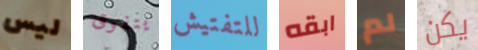
ليس يتفوق للتفتيش ابقه لم يكن